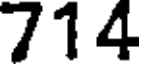
714